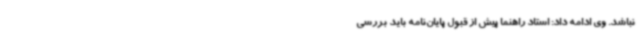
نباشد. وی ادامه داد: استاد راهنما پیش از قبول پایان‌نامه باید بررسی